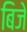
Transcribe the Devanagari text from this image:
बिजे